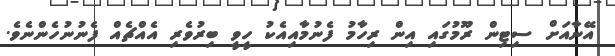
އޭނާއަށް ސިޓިން ރޫމުގައި އިން ރިހާމު ފެނުމާއިއެކު ހީވީ ބިރުވެރި އެއްޗެއް ފެނުނުހެންނެވެ.